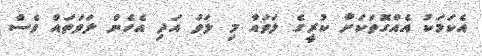
އެކަމަކު އެއްގޮތަކަށް ކުރީގެ ލަވައާ މި ލަވަ އަދި އެހެން ލަވަތައް ވެސް